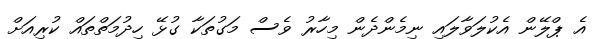
އެ ޕްލޭން އެކުލަވާލައި ނިމެންދެން މިހާރު ވެސް މަގުތަކާ ގުޅޭ ހިދުމަތްތައް ކުރިއަށް